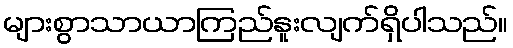
များစွာသာယာကြည်နူးလျက်ရှိပါသည်။